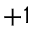
+ 1